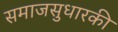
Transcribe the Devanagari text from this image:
समाजसुधारकी